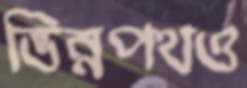
ভিন্নপথও